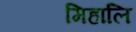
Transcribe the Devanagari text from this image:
मिहालि